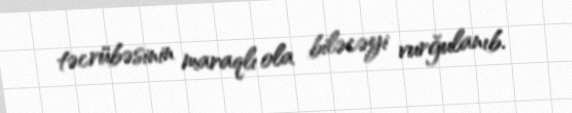
təcrübəsinin maraqlı ola biləcəyi vurğulanıb.